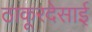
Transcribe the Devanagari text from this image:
ठाकूरदेसाई